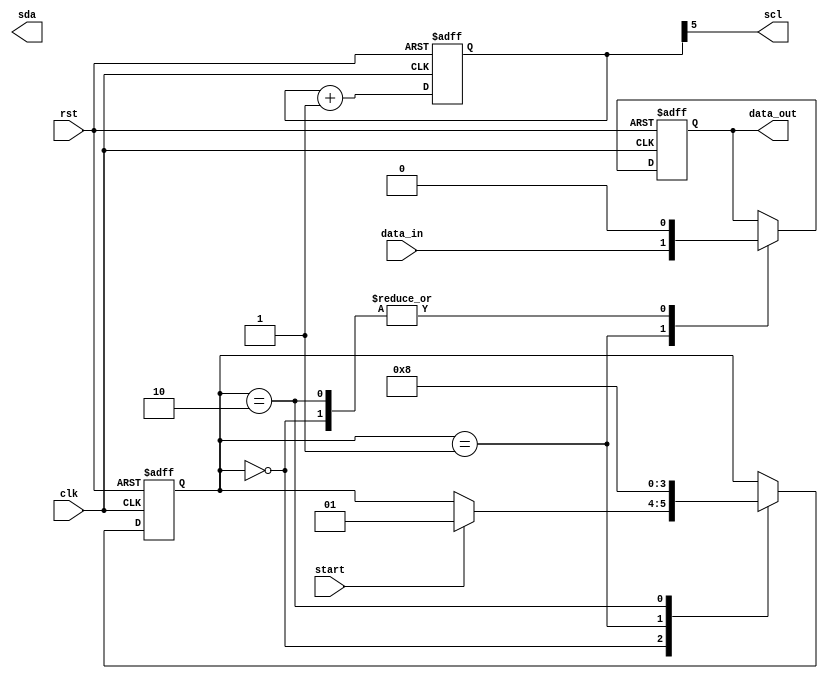
module i2c_controller (
    input wire clk,
    input wire rst,
    input wire start,
    input wire data_in,
    output wire data_out,
    output reg sda,
    output reg scl
);
   
   // Clock signal generation module
   reg [11:0] counter;
   always @(posedge clk or posedge rst) begin
       if (rst) begin
           counter <= 12'b0;
       end else begin
           counter <= counter + 1;
       end
   end
   assign scl = counter[5];
   
   // Data sampling and synchronization module
   reg [1:0] state;
   always @(posedge clk or posedge rst) begin
       if (rst) begin
           state <= 2'b00;
       end else begin
           case (state)
               2'b00: begin
                   if (start) begin
                       state <= 2'b01;
                   end
               end
               2'b01: begin
                   state <= 2'b10;
               end
               2'b10: begin
                   state <= 2'b00;
               end
           endcase
       end
   end
   reg data_hold;
   always @(posedge clk or posedge rst) begin
       if (rst) begin
           data_hold <= 1'b0;
       end else begin
           case (state)
               2'b00: begin
                   data_hold <= 1'b0;
               end
               2'b01: begin
                   data_hold <= data_in;
               end
               2'b10: begin
                   data_hold <= 1'b0;
               end
           endcase
       end
   end
   assign data_out = data_hold;
endmodule